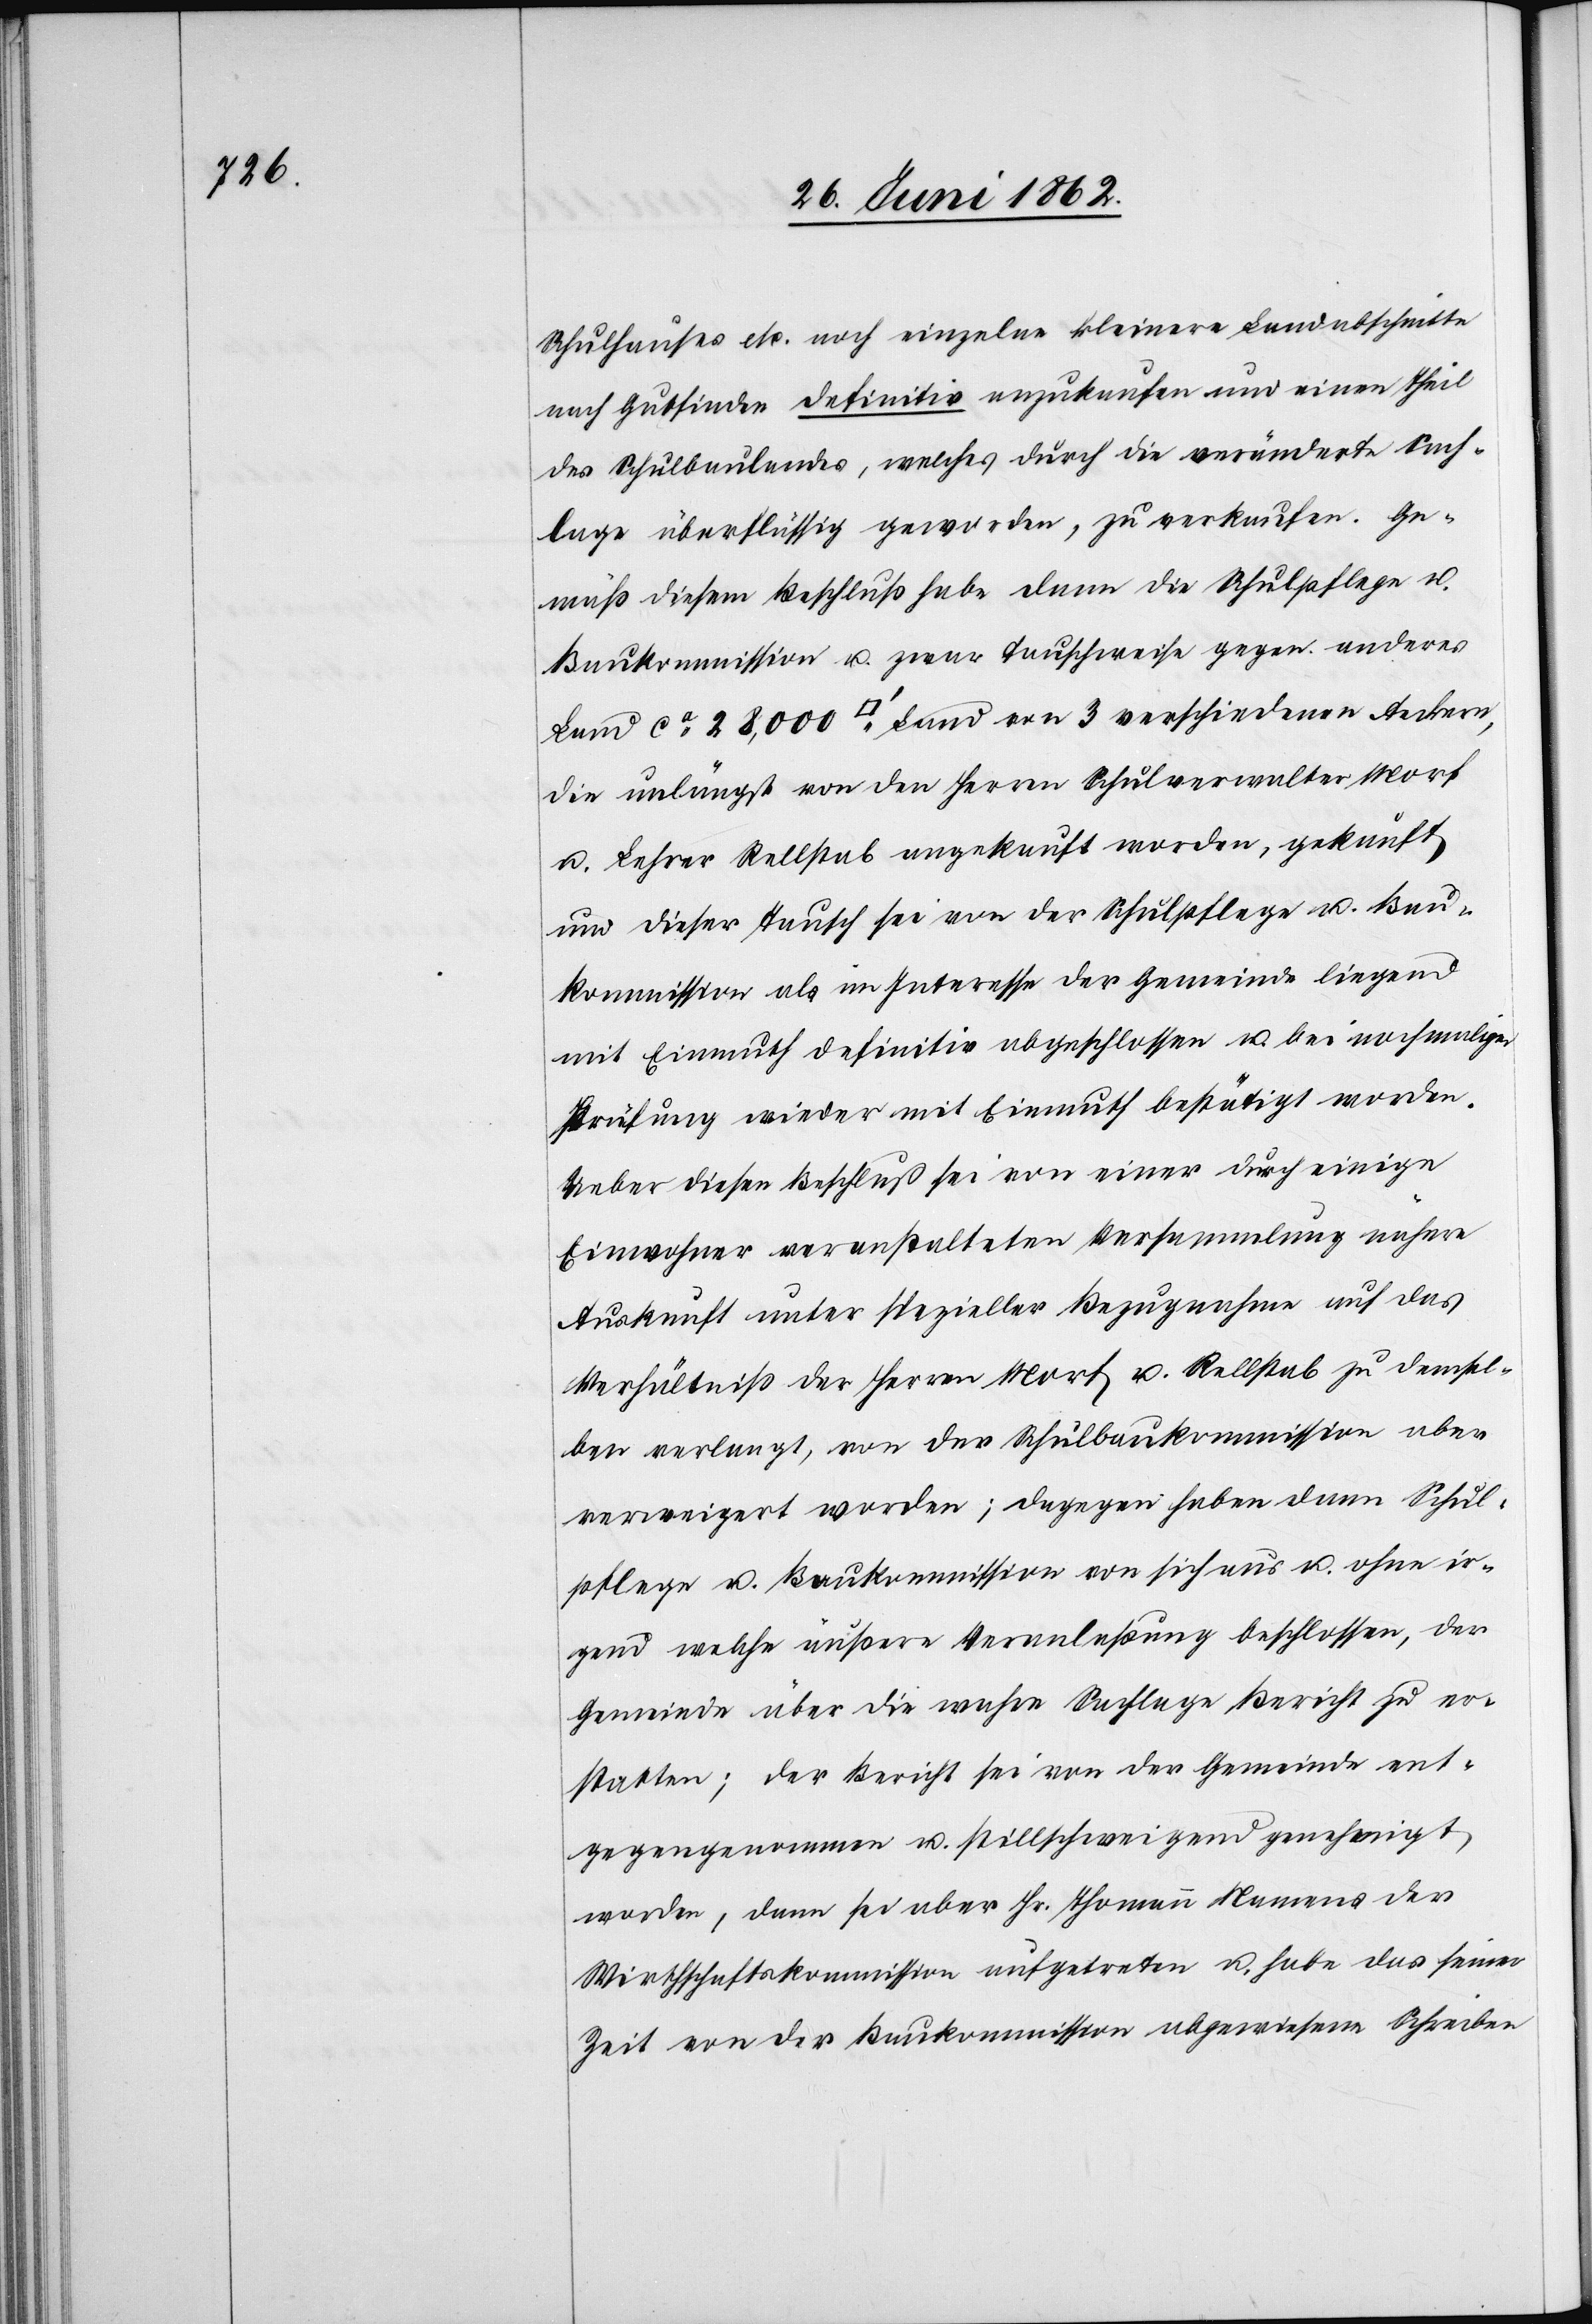
Schulhauses etc. noch einzelne kleinere Landabschnitte
nach Gutfinden definitiv anzukaufen und einen Theil
des Schulbaulandes, welches durch die veränderte Sach¬
lage überflüssig geworden, zu verkaufen. Ge¬
mäß diesem Beschluß habe dann die Schulpflege u.
Baukommission u. zwar tauschweise gegen anderes
Land ca. 28,000 [Quadratfuß] Land von 3 verschiedenen Aeckern,
die unlängst von den Herren Schulverwalter Morf
u. Lehrer Rellstab angekauft worden, gekauft,
und dieser Tausch sei von der Schulpflege u. Bau¬
kommission als im Interesse der Gemeinde liegend
mit Einmuth definitiv abgeschlossen u. bei nochmaliger
Prüfung wieder mit Einmuth bestätigt worden.
Ueber diesen Beschluß sei von einer durch einige
Einwohner veranstalteten Versammlung nähere
Auskunft unter spezieller Bezugnahme auf das
Verhältniß der Herren Morf u. Rellstab zu demsel¬
ben verlangt, von der Schulbaukommission aber
verweigert worden; dagegen haben dann Schul¬
pflege u. Baukommission von sich aus u. ohne ir¬
gend welche äußere Veranlaßung beschlossen, der
Gemeinde über die wahre Sachlage Bericht zu er¬
statteten; der Bericht sei von der Gemeinde ent¬
gegengenommen u. stillschweigend genehmigt
worden, dann sei aber Hr. Thomann Namens der
Wirthschaftskommission aufgetreten u. habe das seiner
Zeit von der Baukommission abgewiesene Schreiben